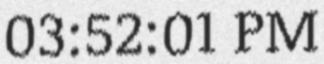
03:52:01 PM